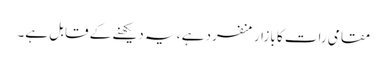
مقامی رات کا بازار منفرد ہے ، یہ دیکھنے کے قابل ہے۔